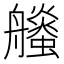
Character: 𧔶